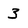
Character: 3